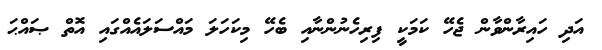
އަދި ހައިރާންވާން ޖެހޭ ކަމަކީ ފިރިހެނުންނާއި ބެހޭ މިކަހަލަ މައްސަލައެއްގައި އޮތް ޞައްޙަ